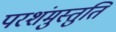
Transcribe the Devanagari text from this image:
परशंमुस्तुति